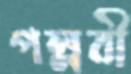
পল্লবী